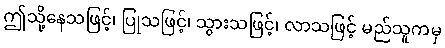
ဤသို့နေသဖြင့်၊ ပြုသဖြင့်၊ သွားသဖြင့်၊ လာသဖြင့် မည်သူကမှ